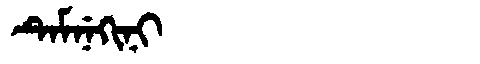
Manchu: ᡨᡝᠮᠨᡝᡴᡳᠨᡳ
Romanization: TEMNEKINI